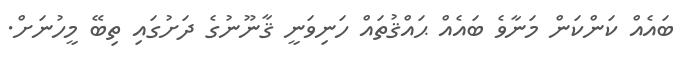
ބައެއް ކަންކަން މަނާވެ ބައެއް ޙައްޤުތައް ހަނިވަނީ ޤާނޫނުގެ ދަށުގައި ތިބޭ މީހުނަށް.